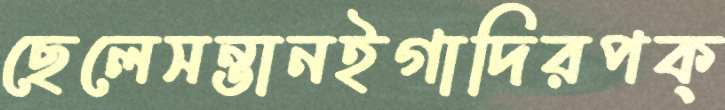
ছেলেসন্তানইগাদিরপক্